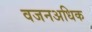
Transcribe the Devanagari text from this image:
वजनअधिक